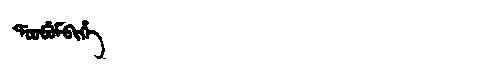
Manchu: ᡩᠣᠣᠪᡠᠮᠪᡳᡥᡝ
Romanization: DOOBUMBIHE